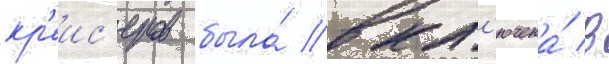
кр'еис'еров была́ вкл'ючена́ в